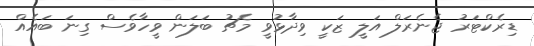
ޑިރެކްޓަރު ޖެނެރަލް އަލީ ޒަކީ ވިދާޅުވީ މެޗު ބަލަން ވީހާވެސް ގިނަ ބައެއް